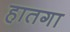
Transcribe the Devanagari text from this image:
हातगा